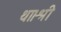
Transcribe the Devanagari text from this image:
था।श्री